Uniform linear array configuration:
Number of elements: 32
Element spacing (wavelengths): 0.75
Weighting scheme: binomial
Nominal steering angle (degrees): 60
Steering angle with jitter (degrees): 61.598
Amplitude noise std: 0.05
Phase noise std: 0.05

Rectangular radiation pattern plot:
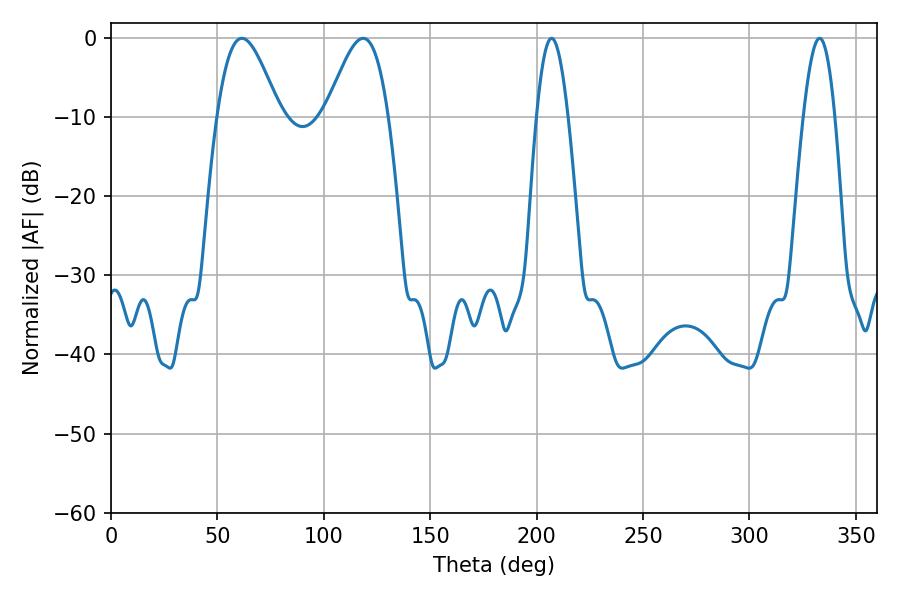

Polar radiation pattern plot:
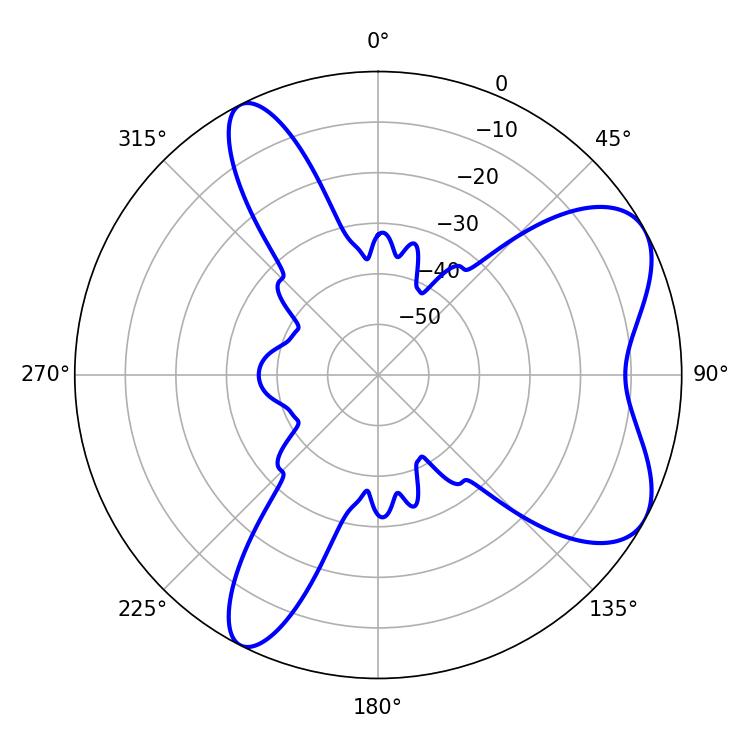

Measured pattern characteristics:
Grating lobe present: TRUE
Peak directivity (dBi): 6.794
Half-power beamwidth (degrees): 15.66
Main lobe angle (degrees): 61.56